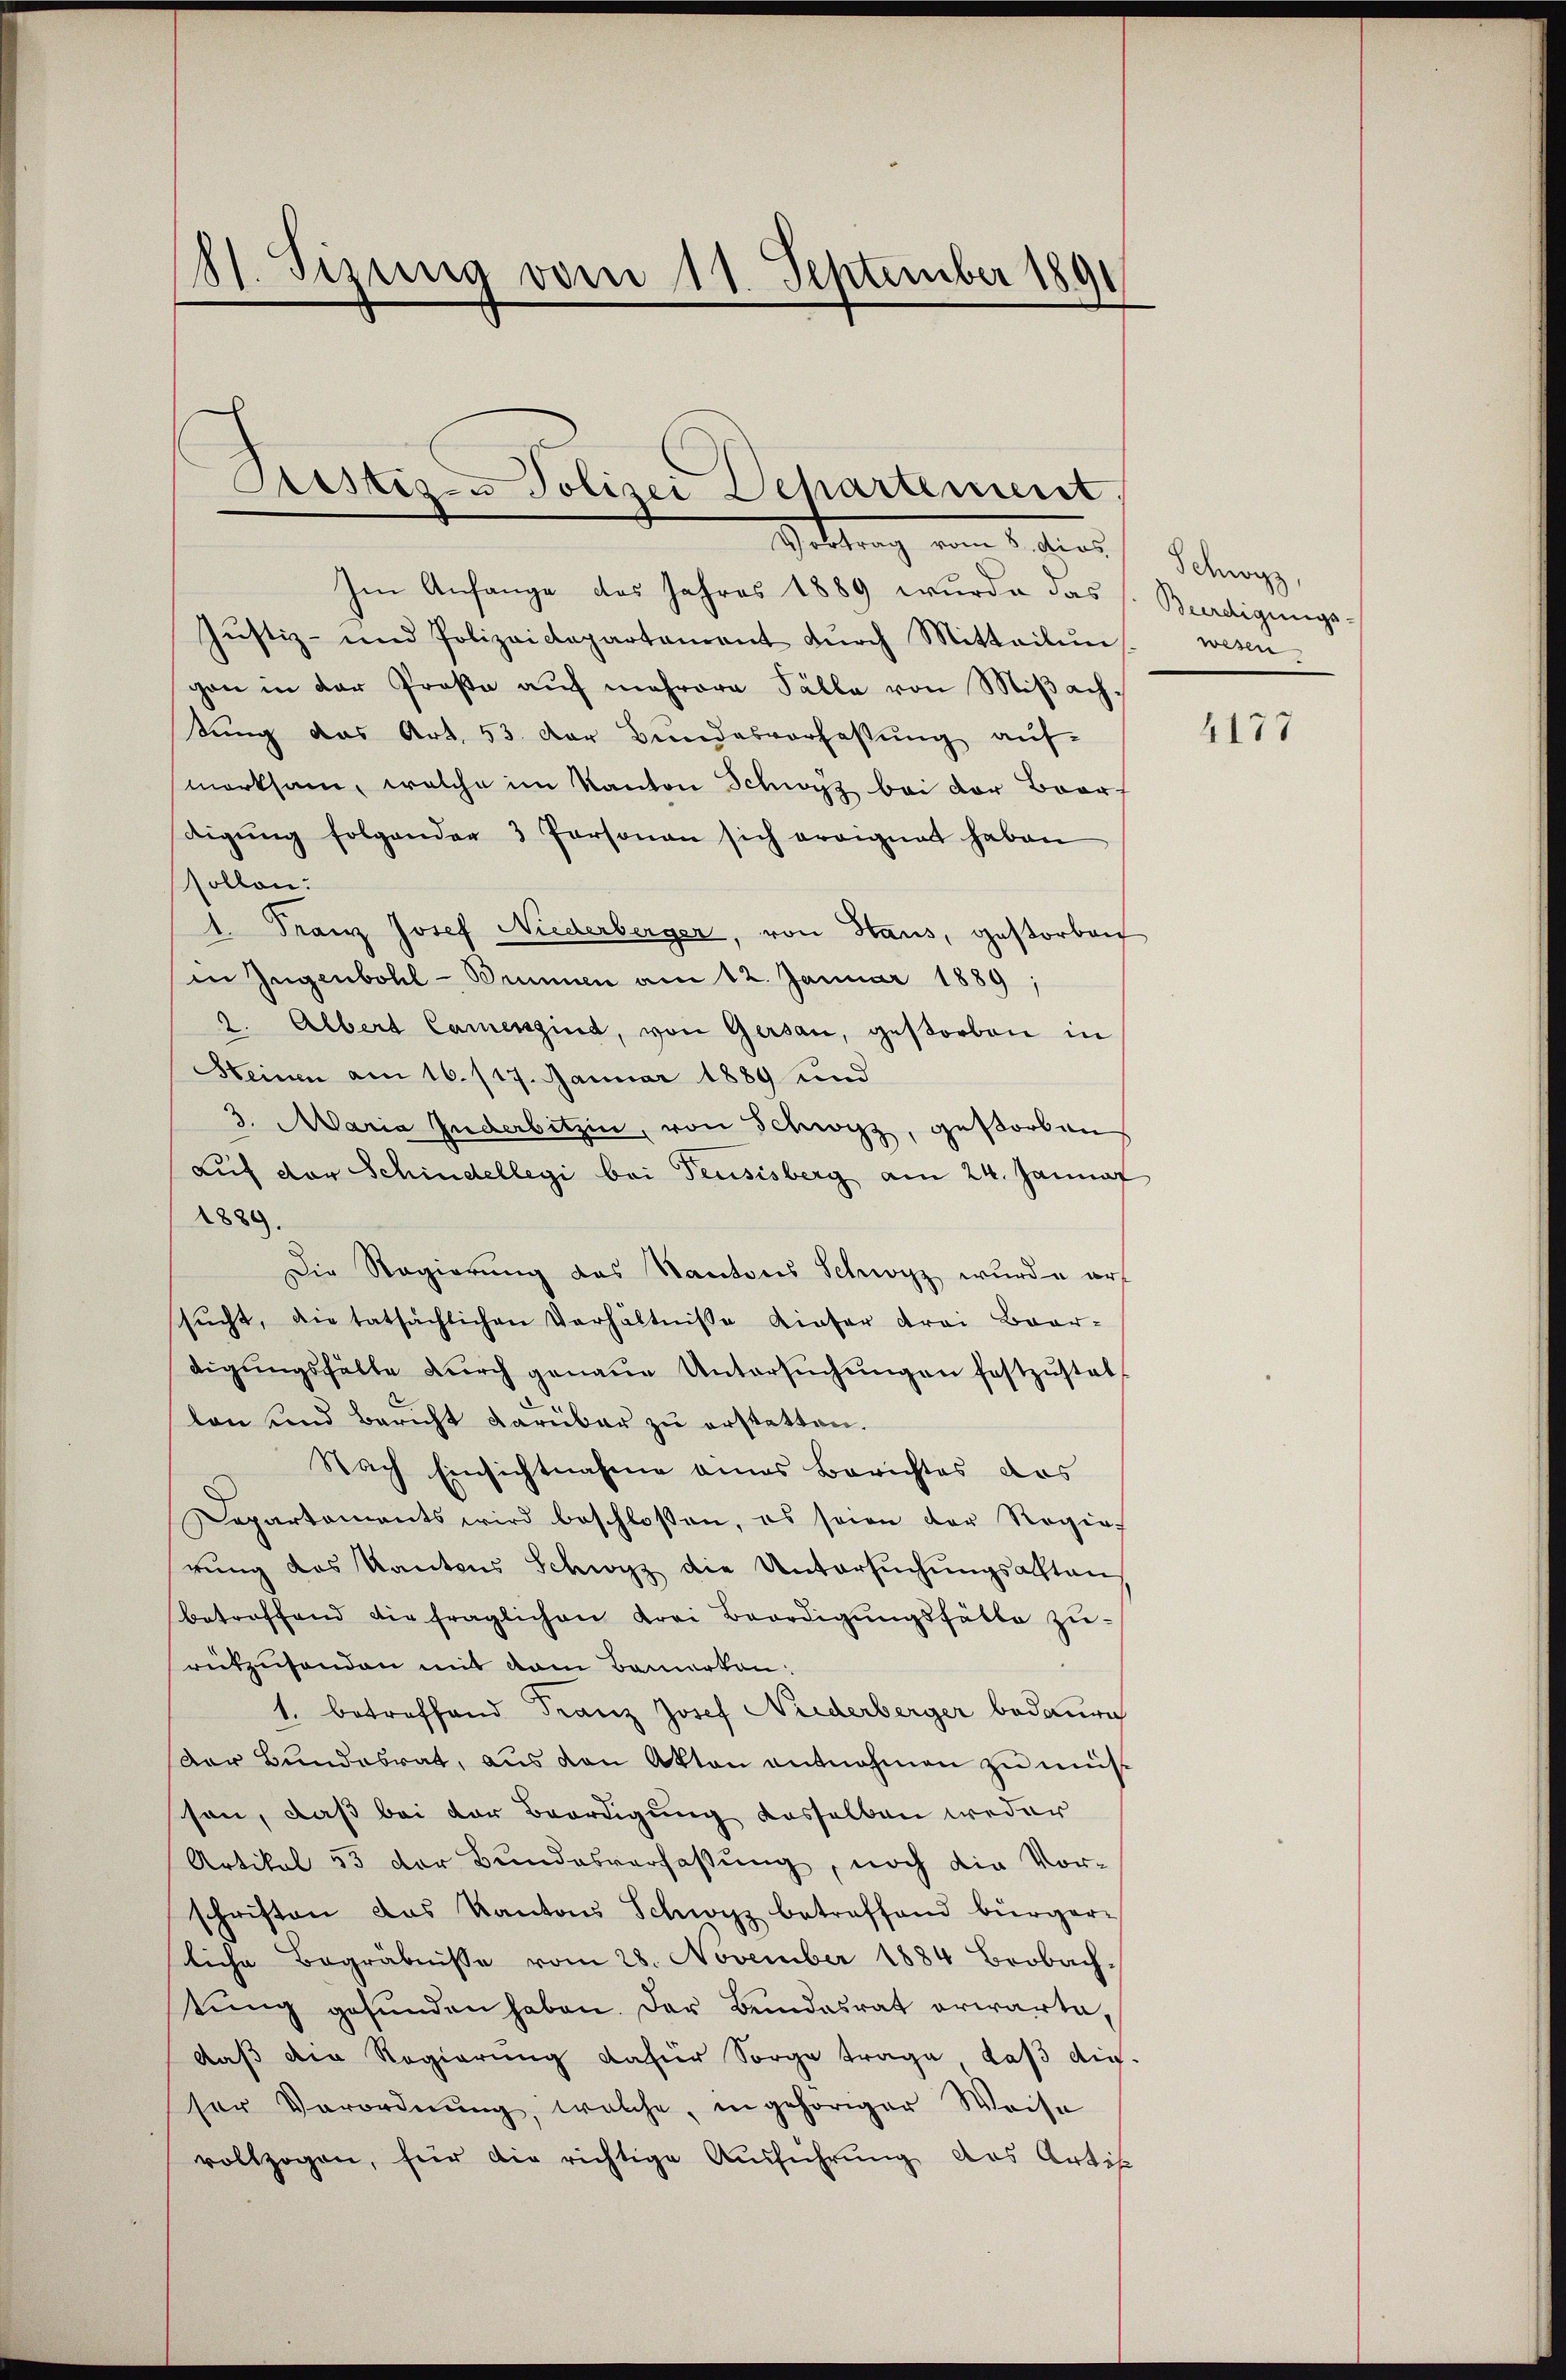
s
01. Sizung vom 11. September 1891

Sistiz- & Polizei Departement
Sittung vom 1. dies

Im Anfange des Jahres 1889 wurde das
Justiz- und Polizeidepartament dŭrch Mitteilŭn
gen in der Prosa auf mehrere Fälle von Mißachtung das Art. 53. Der Bundesverfassung auf-
merksam, welche im Kanton Schwyz bei der Baardigŭng folgender 3 Personau sich ereignet haben
sollen:
1. Franz Josef Niederberger, von Haus, gestorben
in Jugenbohl - Brunnen am 12. Januar 1889;
2. Albert Camensind, von Gersau, gestorben in
Heinen am 16. 117. Januar 1889 und
3. Maria Juderbitzin, von Schwyz, gestorben
auf der Schindellegi bei Feusisberg am 24. Januar
1889.
Die Regierung des Kantons Schwyz wurde ars
sŭcht, die tatsächlichen Verhältnisse Liefer drei Baar-
digŭngsfälle dŭrch genaue Untersŭchŭngen festzŭstat-
lon und Bericht darüber zu erstetten.
Nach Einsichtnahme eines Berichtes das
Departaments wird beschlossen, es seien der Regierŭng des Kantons Schwyz die Untersŭchŭngsalten
betreffend die fraglichen Krei Beerdigŭngsfälle zŭ-
rükzusenden mit dem Bemerken:
1. betreffend Franz Josef Niederberger bedaure
Der Bŭndesrat, aŭs den Akten entnehmen zu müs
son, daß bei der Beerdigung dasselben weder
Artikel 55 der Bundesverfassung, noch die Vorschriften das Kantons Schwyz betreffend bürger-
sliche Begräbnisse vom 28. November 1884 Beobach-
tung gefunden haben. Der Bundesrat erwarte,
daß der Regierung dafür Sorge trage, daß die
ser Verordnŭng, welche, in gehöriger Weise
vollzogen, für die richtige Ausführung das Artik

Schwyz,
ürdigungs-
wesen

4177